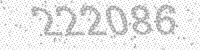
Solution: 222086